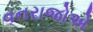
વનરાજોએ